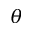
\theta